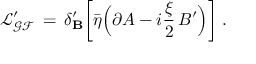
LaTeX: \mathcal { L _ { G F } ^ { \prime } } \, = \, \delta _ { \bf B } ^ { \prime } \bigg [ \bar { \eta } \Big ( \partial A - i \frac { \xi } { 2 } \, B ^ { \prime } \Big ) \bigg ] \; .